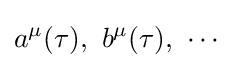
a^{\mu }(\tau ),\,\,b^{\mu }(\tau ),\,\,\cdots